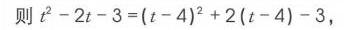
则 \(t^{2}-2t - 3=(t - 4)^{2}+2(t - 4)-3\)，